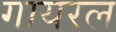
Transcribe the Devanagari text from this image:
गायरल